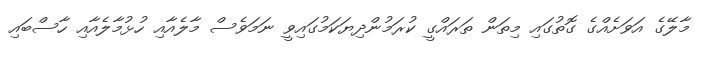
މާލޭގެ އަވަށެއްގެ ގޮތުގައި މިތަން ތަރައްގީ ކުރަމުންދިޔަކަމުގައިވީ ނަމަވެސް މާލެއާއި ހުޅުމާލެއާއި ހާސްބައި